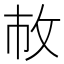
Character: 𢼆